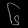
Digit: ၆